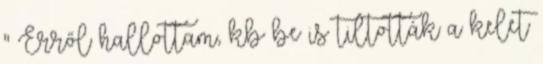
" Erről hallottam, kb be is tiltották a kelet